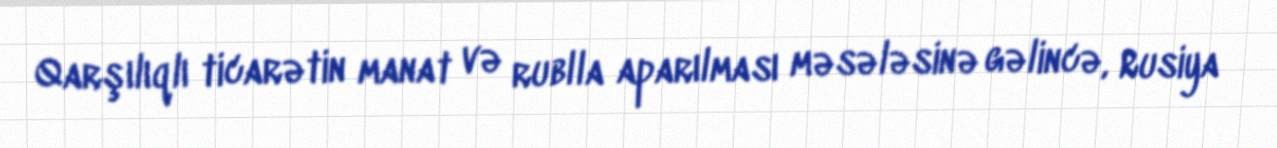
Qarşılıqlı ticarətin manat və rublla aparılması məsələsinə gəlincə, Rusiya